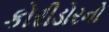
કોરીડોરનો